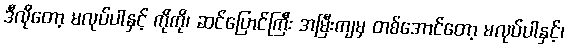
ဒီလိုတော့ မလုပ်ပါနှင့် ကိုကို၊ ဆင်ပြောင်ကြီး အမြီးကျမှ တစ်အောင်တော့ မလုပ်ပါနှင့်၊